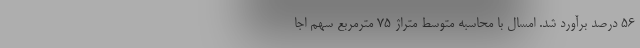
۵۶ درصد برآورد شد. امسال با محاسبه متوسط متراژ ۷۵ مترمربع سهم اجا